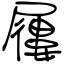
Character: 屨